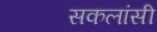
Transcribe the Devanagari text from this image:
सकलांसी